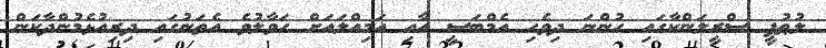
ލުޠުފީ ސްރީލަންކާގައި ހުންނަ ދިވެހި އެމްބަސީ އާއި އަމިއްލައަށް ހަވާލުވެ އެތަނުގައި ދިރިއުޅެމުންދާކަން